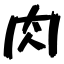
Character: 肉